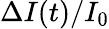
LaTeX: \Delta I(t)/I_{0}